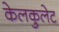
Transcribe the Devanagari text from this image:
केलकुलेट